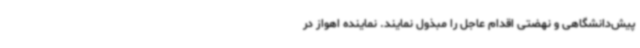
پیش‌دانشگاهی و نهضتی اقدام عاجل را مبذول نمایند. نماینده اهواز در